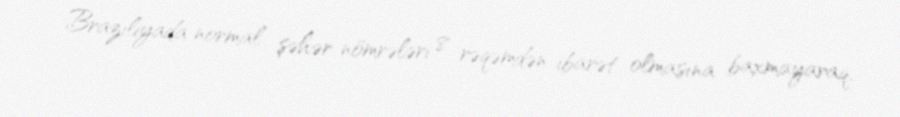
Braziliyada normal şəhər nömrələri 8 rəqəmdən ibarət olmasına baxmayaraq,